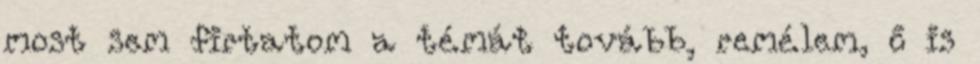
most sem firtatom a témát tovább, remélem, ő is